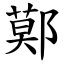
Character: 鄚